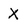
Character: X